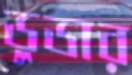
ডুডার